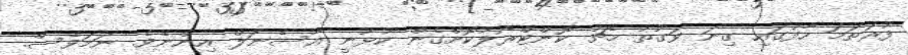
ފުރަތަމަ ހާފުގައި ގިނަ ވަގުތު މެޗު ކޮންޓްރޯލުކޮށްގެން ކުޅުނީ އާސެނަލް އިންނެވެ. ނަމަވެސް.